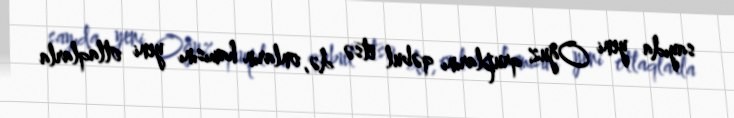
sayıda yeni Oğuz qruplarını qəbul etsə də, onların hamısını yeni otlaqlarla